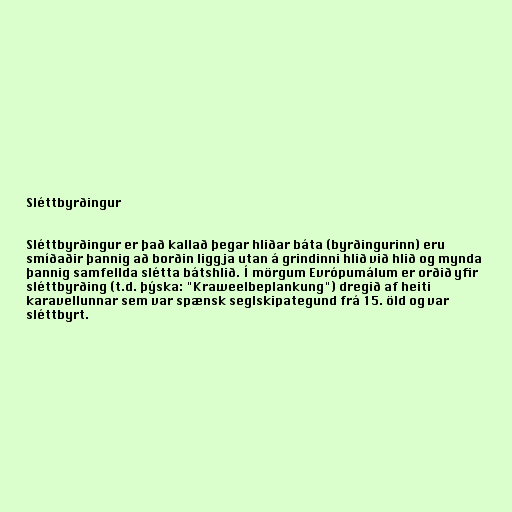
Sléttbyrðingur

Sléttbyrðingur er það kallað þegar hliðar báta (byrðingurinn) eru
smíðaðir þannig að borðin liggja utan á grindinni hlið við hlið og mynda
þannig samfellda slétta bátshlið. Í mörgum Evrópumálum er orðið yfir
sléttbyrðing (t.d. þýska: "Kraweelbeplankung") dregið af heiti
karavellunnar sem var spænsk seglskipategund frá 15. öld og var
sléttbyrt.